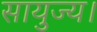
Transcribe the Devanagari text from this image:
सायुज्य।